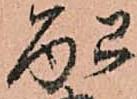
配